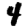
Digit: 4